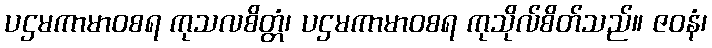
ပဌမကာမာဝစရ ကုသလစိတ္တံ၊ ပဌမကာမာဝစရ ကုသိုလ်စိတ်သည်။ ဇဝနံ၊